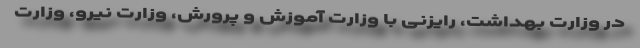
در وزارت بهداشت، رایزنی با وزارت آموزش و پرورش، وزارت نیرو، وزارت